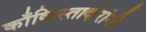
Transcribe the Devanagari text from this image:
काँकिस्तादोरांनी